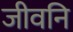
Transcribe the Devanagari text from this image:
जीवनि